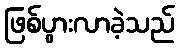
ဖြစ်ပွားလာခဲ့သည်